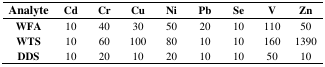
<table><thead><tr><td><b>Analyte</b></td><td><b>Cd</b></td><td><b>Cr</b></td><td><b>Cu</b></td><td><b>Ni</b></td><td><b>Pb</b></td><td><b>Se</b></td><td><b>V</b></td><td><b>Zn</b></td></tr></thead><tbody><tr><td><b>WFA</b></td><td>10</td><td>40</td><td>30</td><td>50</td><td>20</td><td>10</td><td>110</td><td>50</td></tr><tr><td><b>WTS</b></td><td>10</td><td>60</td><td>100</td><td>80</td><td>10</td><td>10</td><td>160</td><td>1390</td></tr><tr><td><b>DDS</b></td><td>10</td><td>20</td><td>10</td><td>20</td><td>10</td><td>10</td><td>50</td><td>10</td></tr></tbody></table>